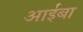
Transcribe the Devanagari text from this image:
आईबा